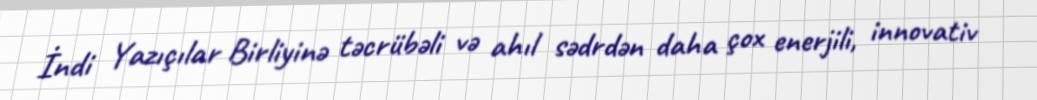
İndi Yazıçılar Birliyinə təcrübəli və ahıl sədrdən daha çox enerjili, innovativ